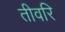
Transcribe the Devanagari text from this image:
तीवरि